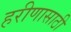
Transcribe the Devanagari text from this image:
हरीणासाठी